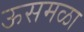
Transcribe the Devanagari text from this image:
ऊसमळा